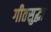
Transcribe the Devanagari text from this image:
गीतसुद्धा